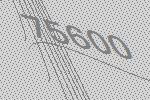
75600